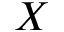
X